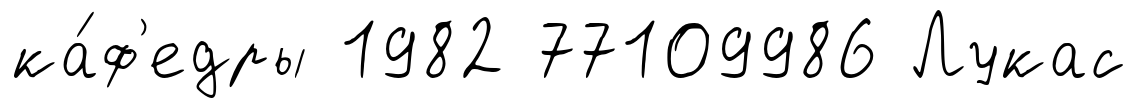
ка́ф'едры 1982 77109986 Лукас